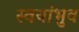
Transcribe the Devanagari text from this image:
स्वयांभुव